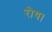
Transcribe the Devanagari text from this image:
रोय।